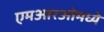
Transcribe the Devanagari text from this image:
एमआरओमध्ये